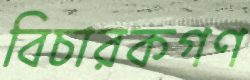
বিচারকগণ